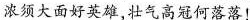
浓须大面好英雄，壮气高冠何落落！